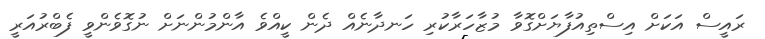
ރައީސް އަކަށް އިސްތިއުފާޔަށްގޮވާ މުޒާހަރާކުރި ހަނދާނެއް ދެން ކީއްވެ އާންމުންނަށް ނުގޮވެންވީ ފެބްރުއަރީ